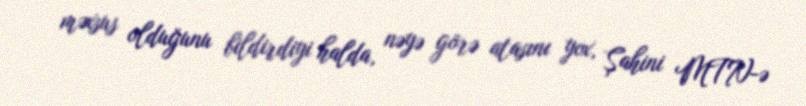
məxsus olduğunu bildirdiyi halda, nəyə görə atasını yox, Şahini MTN-ə